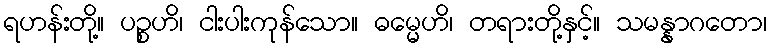
ရဟန်းတို့။ ပဉ္စဟိ၊ ငါးပါးကုန်သော။ ဓမ္မေဟိ၊ တရားတို့နှင့်။ သမန္နာဂတော၊